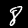
Label: 8